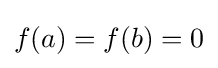
f(a)=f(b)=0